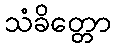
သံခိတ္တော